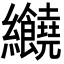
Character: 𦈂